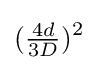
({\tfrac {4d}{3D}})^{2}